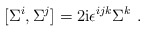
\begin{align*}[\Sigma^i,\Sigma^j]=2{\rm i}\epsilon^{ijk}\Sigma^k\ .\end{align*}